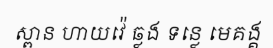
ស្ពាន ហាយវ៉េ ឆ្លង ទន្លេ មេគង្គ